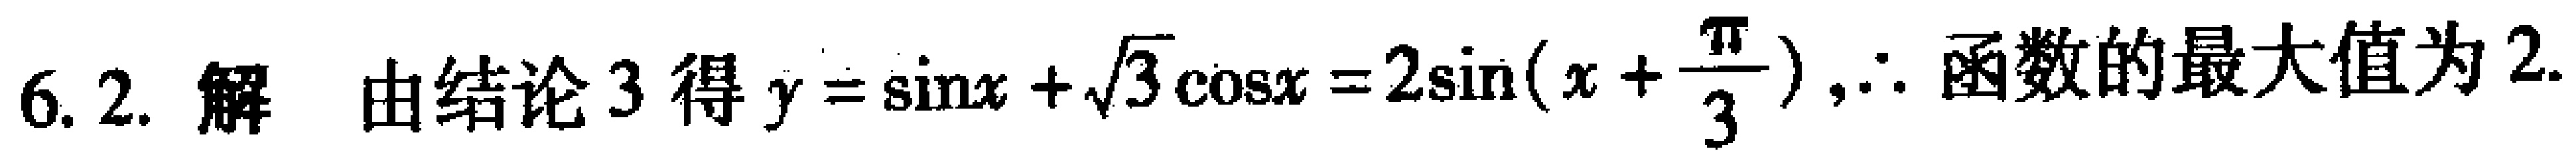
6.2. 解 由结论 3 得 \(y = \sin x+\sqrt{3}\cos x = 2\sin(x + \frac{\pi}{3}),\therefore\) 函数的最大值为 \(2\)